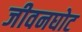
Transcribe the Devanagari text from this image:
जीवनघोट